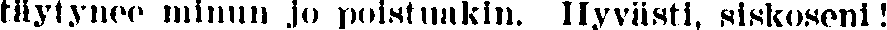
täytynee minun jo poistuakin. Hyvästi, siskoseni!